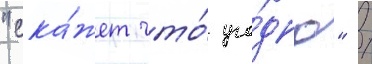
"ска́жет что́ уго́дно" /